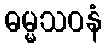
ဓမ္မသဝနံ